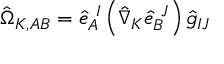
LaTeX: \hat { \Omega } _ { K , A B } = \hat { e } _ { A } ^ { \ I } \left( \hat { \nabla } _ { K } \hat { e } _ { B } ^ { \ J } \right) \hat { g } _ { I J }